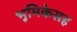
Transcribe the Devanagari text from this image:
भूमिकेसह